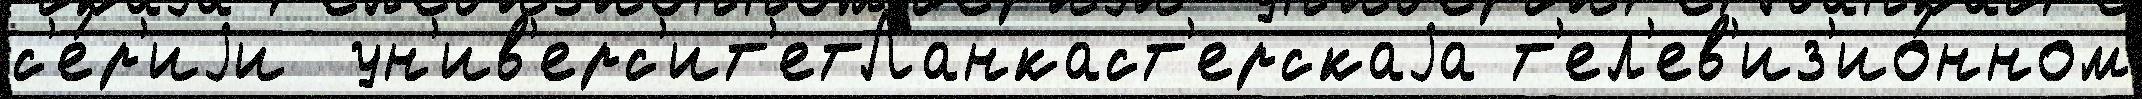
с'е́р'иjи  ун'ив'ерс'ит'етЛанкаст'ерскаjа т'ел'ев'из'ио́нном